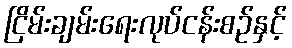
ငြိမ်းချမ်းရေးလုပ်ငန်းစဉ်နှင့်